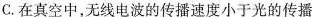
C.在真空中，无线电波的传播速度小于光的传播